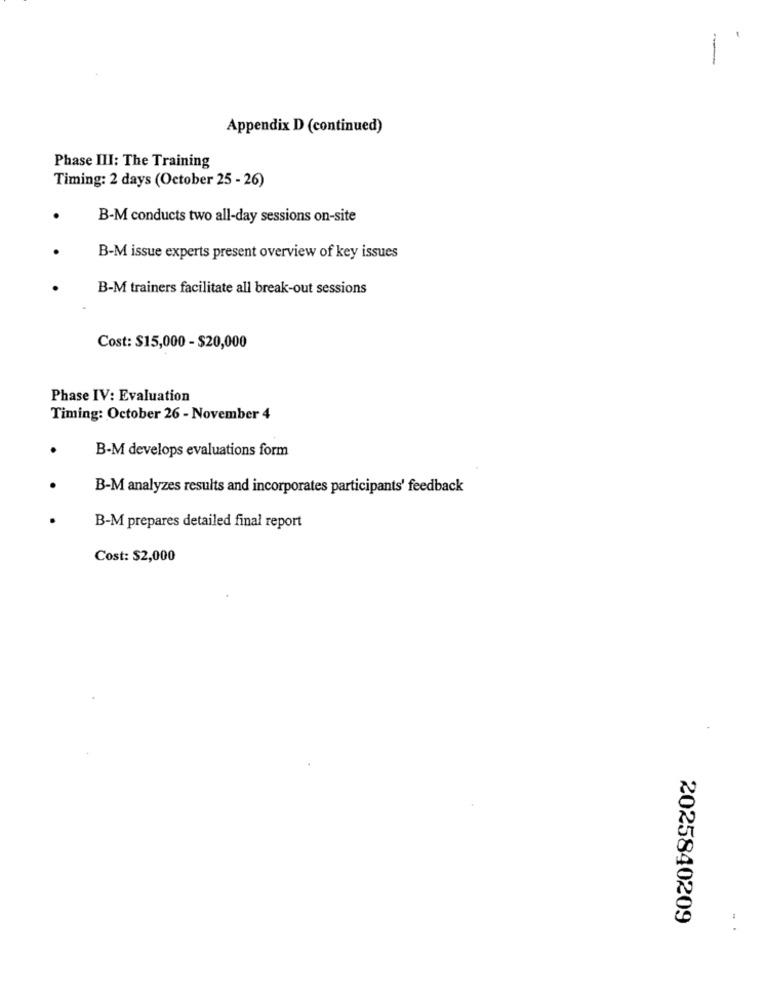
Appendix D (continued)
Phase III: The Training
Timing: 2 days (October 25 - 26)
B-M conducts two all-day sessions on-site
B-M issue experts present overview of key issues
B-M trainers facilitate all break-out sessions
Cost: $15,000 - $20,000
Phase IV: Evaluation
Timing: October 26 - November 4
B-M develops evaluations form
B-M analyzes results and incorporates participants' feedback
B-M prepares detailed final report
Cost: $2,000
2025840209